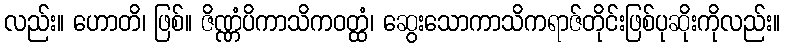
လည်း။ ဟောတိ၊ ဖြစ်။ ဇိဏ္ဏံပိကာသိကဝတ္ထံ၊ ဆွေးသောကာသိကရာဇ်တိုင်းဖြစ်ပုဆိုးကိုလည်း။